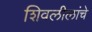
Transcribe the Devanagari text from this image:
शिवलीलांचे